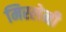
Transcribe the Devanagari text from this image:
मिस्लेनी